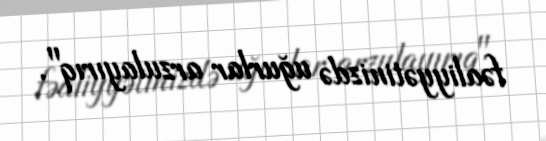
fəaliyyətinizdə uğurlar arzulayırıq".